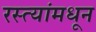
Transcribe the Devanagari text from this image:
रस्त्यांमधून